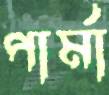
পার্মা